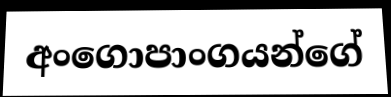
අංගොපාංගයන්ගේ